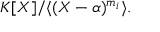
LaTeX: K [ X ] / \langle ( X - \alpha ) ^ { m _ { i } } \rangle .